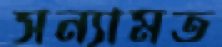
সন্যামত